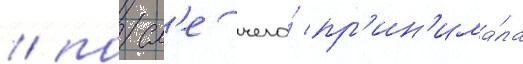
/ посл'е чего́ пр'ин'има́ла